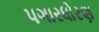
પગારધોરણ